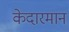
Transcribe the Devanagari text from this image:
केदारमान